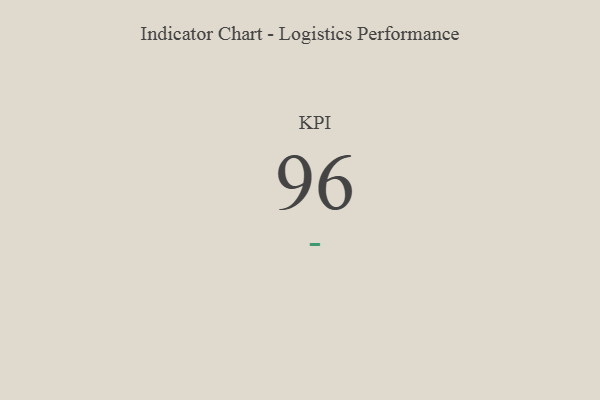
{"axis": {"x": "KPI", "y": "Value"}, "legend": [""], "data": [{"x": "KPI", "y": 96, "type": ""}]}